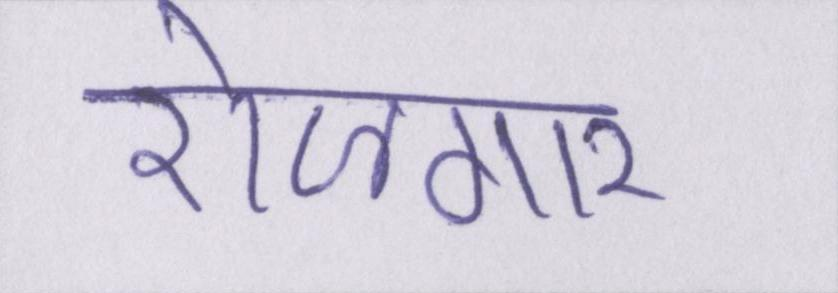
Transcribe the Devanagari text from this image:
रोजगार